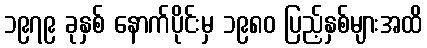
၁၉၇၉ ခုနှစ် နောက်ပိုင်းမှ ၁၉၈၀ ပြည့်နှစ်များအထိ